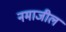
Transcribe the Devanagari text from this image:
नमाजील